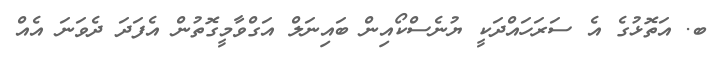
ބ. އަތޮޅުގެ އެ ސަރަހައްދަކީ ޔުނެސްކޯއިން ބައިނަލް އަގްވާމީގޮތުން އެފަދަ ދެވަނަ އެއް